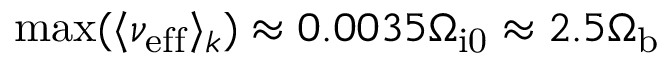
\mathrm { m a x } ( \langle \nu _ { \mathrm { e f f } } \rangle _ { k } ) \approx 0 . 0 0 3 5 \Omega _ { \mathrm { i 0 } } \approx 2 . 5 \Omega _ { \mathrm { b } }